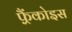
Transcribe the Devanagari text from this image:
फ़्रैंकोइस